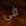
في